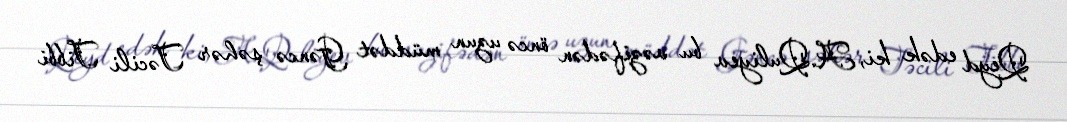
Qeyd edək ki, A.Quliyev bu vəzifədən öncə uzun müddət Gəncə şəhər Təcili Tibbi